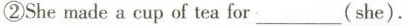
②She made a cup of tea for___(she).